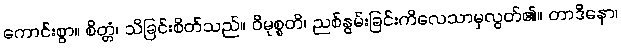
ကောင်းစွာ။ စိတ္တံ၊ သိခြင်းစိတ်သည်။ ဝိမုစ္စတိ၊ ညစ်နွမ်းခြင်းကိလေသာမှလွတ်၏။ တာဒိနော၊